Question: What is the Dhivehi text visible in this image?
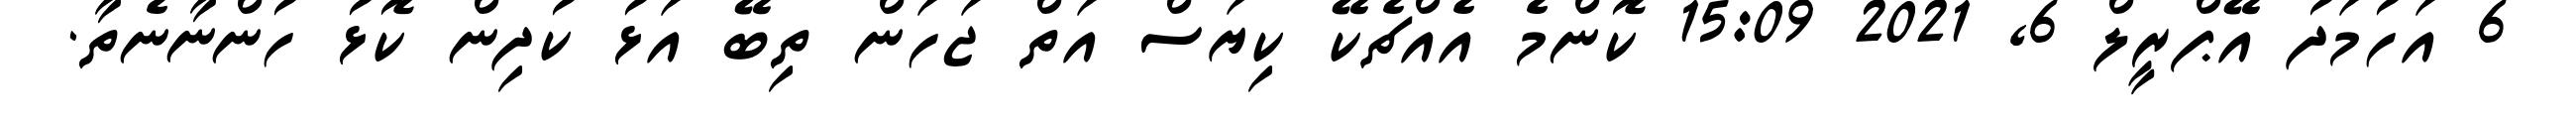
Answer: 6 އަހުމަދު އޭޕްރީލް 6, 2021 15:09 ކޮންމެ އެއްޗެކޭ ކިޔަސް އަތް ޖަހަން ތިބޭ އަޅު ކުދިން ކޮޅު ހުންނާނެތާ.